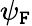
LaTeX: \psi_{\mathtt{F}}